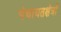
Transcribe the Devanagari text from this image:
पंचायतक्षेत्रों